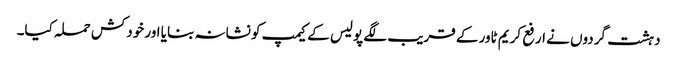
دہشت گردوں نے ارفع کریم ٹاور کے قریب لگے پولیس کے کیمپ کو نشانہ بنایا اور خودکش حملہ کیا۔